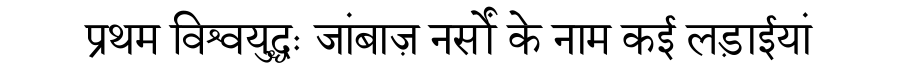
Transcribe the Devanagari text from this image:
प्रथम विश्वयुद्धः जांबाज़ नर्सों के नाम कई लड़ाईयां